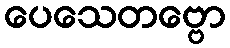
ပေသေတဗ္ဗော